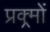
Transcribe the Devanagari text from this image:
प्रक्र्मों